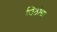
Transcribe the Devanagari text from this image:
विठाेबा